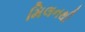
મિલનથી